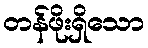
တန်ဖိုးရှိသော